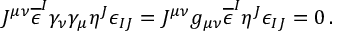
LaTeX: J ^ { \mu \nu } \overline { { { \epsilon } } } ^ { I } \gamma _ { \nu } \gamma _ { \mu } \eta ^ { J } \epsilon _ { I J } = J ^ { \mu \nu } g _ { \mu \nu } \overline { { { \epsilon } } } ^ { I } \eta ^ { J } \epsilon _ { I J } = 0 \, .